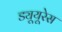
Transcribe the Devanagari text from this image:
ड्यूयूरेस